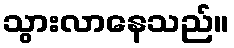
သွားလာနေသည်။